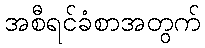
အစီရင်ခံစာအတွက်